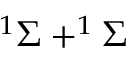
^ 1 \Sigma + ^ { 1 } \Sigma